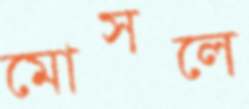
মোসলে